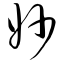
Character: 妙